Vital statistics of India. Vol. IV, Annual returns from 1871 to 1876. British Army of India, Native Army and jails of Bengal
Year: 1871
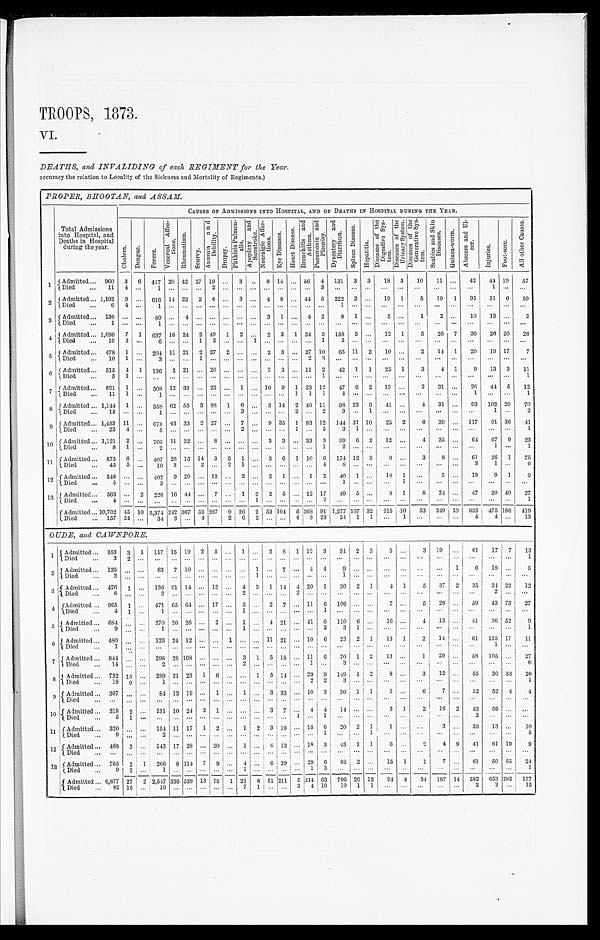
TROOPS, 1873.
VI.
DEATHS, and INVALIDING of each REGIMENT for the Year.
accuracy the relation to Locality of the Sickness and Mortality of Regiments.)
PROPER, BHOOTAN, and ASSAM.
Total Admissions
into Hospital, and
Deaths in Hospital
during the year.
CAUSES OF ADMISSIONS INTO HOSPITAL, AND OF DEATHS IN HOSPITAL DURING THE YEAR.
C h o l e r a .
D e n g u e .
F e v e r s .
V e n e r e a l A f f e c - t i o n s .
R h e u m a t i s m .
S c u r v y .
A n æ m i a a n d D e b i l i t y .
D r o p s y .
P h t h i s i s P u l m o n - a l i s . A p o l e x y a n d S u n s t r o k e .
N e u r a l g i c A f f e c - t i o n s .
E y e D i s e a s e s .
H e a r t D i s e a s e .
B r o n c h i t i s a n d A s t h m a . P n e u m o n i a a n d P l e u r i s y . D y s e n t e r y a n d D i a r r h œ a .
S p l e e n D i s e a s e .
H e p a t i t i s .
D i s e a s e s o f t h e D i g e s t i v e S y s - t e m .
D i s e a s e o f t h e U r i n a r y S y s t e m . D i s e a s e o f t h e G e n e r a t i v e S y s - t e m .
S c a b i e s a n d S k i n D i s e a s e s .
G u i n e a - w o r m .
A b s c e s s a n d U l - c e r .
I n j u r i e s .
F o o t - s o r e .
A l l o t h e r C a u s e s .
1 Admitted . . . 960
3
6
417 20 42 27 19
. . . 3
. . .
8 14
. . . 56
4 131
3
3
1 8 3
10
11
. . .
42
44 19
57
Died . . .
11
4
. . .
1
. . .
. . .
. . .
2
. . .
. . .
. . .
. . .
. . .
. . .
. . .
3
. . .
. . .
. . .
. . .
. . .
. . .
. . .
. . .
. . .
1
. . .
. . .
2
Admitted . . . 1,192
9
. . .
6 1 6 14 23
2
4
. . . 3
. . . 4
8
. . . 44
5
222
2
. . .
19
1
5
19
1
95
31
6
59
Died . . .
6
4
. . .
1
. . .
. . .
. . . . . .
. . .
. . .
. . .
. . .
. . .
. . . . . .
. . .
1
. . .
. . .
. . .
. . .
. . .
. . .
. . .
. . .
. . .
. . .
. . .
3 Admitted . . . 136
. . .
. . .
8 0
. . . 4
. . . . . .
. . .
. . .
. . . 3
1
. . . 4
2
8
1
. . .
5
. . .
1
2
. . .
10
13
. . .
2
Died . . .
1
. . .
. . .
1
. . .
. . .
. . .
. . .
. . .
. . .
. . . . . .
. . .
. . .
. . .
. . .
. . .
. . . . . .
. . .
. . .
. . .
. . .
. . .
. . .
. . .
. . .
. . .
4
Admitted . . . 1,096
7
1
637 16 24
2 49
1
2 . . .
2
3
1 24
5
158
5
. . .
12
1
5
26
7
36
26 20
26
Died . . .
16
3
. . .
6
. . .
. . .
1
2
. . .
. . .
1
. . .
. . .
. . .
. . . 1
2
. . .
. . .
. . .
. . .
. . .
. . .
. . .
. . .
. . .
. . .
. . .
5 Admitted . . . 478
1
. . . 204 11 21
2 27
2
. . .
. . . 2
3
. . . 27 10
65 11
2
10
. . .
2
14
1
20
19 17
7
Died . . .
10
1
. . .
3
. . .
. . .
1
. . .
. . .
. . .
. . .
. . .
. . .
. . .
2
3
. . .
. . .
. . .
. . .
. . .
. . . . . .
. . .
. . .
. . .
. . .
. . .
6 Admitted . . . 315
4
1
136
2 21
. . . 20
. . .
. . .
. . . 2
2
. . . 11
2
42
1
1
25
1
3
4
1
9
13
3
11
Died . . .
3
1
. . .
. . .
. . .
. . .
. . .
. . .
. . .
. . .
. . .
. . .
. . .
. . .
. . . 1
. . .
. . .
. . .
. . .
. . .
. . .
. . .
. . .. . .
. . .
. . .
1
7 Admitted . . . 821
1
. . . 508 12 33
. . . 23
. . . 1
. . . 10
9
1 23 12
47
6
2
13
. . .
2
31
. . .
26
44 5
12
Died . . .
11
1
. . .
1
. . .
. . .
. . .
. . .
. . .
. . .
. . . . . .
. . .
1 1
1
4
. . .
. . .
. . .
. . .
. . .
. . .
. . .
1
. . .
. . .
1
8 Admitted . . . 1,144 1
. . . 358 62 55
3
8 8 1
6
. . . 3 14
2 40 11
98 23
9
41
. . .
4
31
. . . 93
102 29
70
D i e d . . . 15
. . .
. . .
1
. . .
. . .
. . .
. . .
. . .
3
. . .
. . .
. . .
2
. . .
2
3
. . .
1
. . .
. . .
. . .
. . .
. . . . . .
1
. . .
2
9
A d m i t t e d . . . 1,453 11
. . .
6 7 8
43 33
2 27
. . . 7
. . .
9 35
1 83 12
144 31 10
25
2
6
39
. . . 117
61 36
41
D i e d . . .
22
4
. . .
5
. . .
. . .
. . .
. . .
. . .
2
. . .
. . .
. . .
1
. . .
5
3
1
. . .
. . .
. . .
. . .
. . .
. . . . . .
. . .
. . .
1
10
Admitted . . . 1,121
2
. . .
7 0 5 11 32
. . .
8
. . .
. . .
. . . 3
3
. . . 33
3
99
6
2
12
. . .
4
35
. . .
64
67
9
23
Died . . .
8
1
. . .
2
. . .
. . .
. . .
. . .
. . .
. . .
. . .
. . .
. . .
. . .
. . . 1
2
. . .
. . .
. . .
. . .
. . .
. . .
. . .
. . .
1
. . .
1
1 1 Admitted . . . 875
6
. . .
407 26 15 14
3
5
1
. . . 3
6
1 10
6
174 12
3
9
. . .
3
8
. . .
61
26
1
75
Died . . .
45
5
. . .
10
3
. . . 2
. . . 2
1
. . .
. . .
. . .
. . .
. . .
4
8
. . .
. . .
. . .
. . .
. . .
. . .
. . .
3 1
. . .
6
12
A d m i t t e d . . . 548
. . .
. . . 402
9 20
. . . 12
. . . 2
. . . 2
1
. . . 1
2
40
1
. . .
1 8 1
. . .
5
. . .
13
9 1
9
Died . . .
5
. . .
. . .
3
. . .
. . .
. . .
. . .
. . .
. . .
. . .
. . .
. . .
. . .
. . .
. . .
1
. . .
. . .
. . . 1
. . .
. . .
. . .
. . .
. . .
. . .
. . .
1 3 Admitted . . . 563
. . . 2
226 16 44
. . . 7
. . . 1
2
2
5
. . . 12 17
49
5
. . .
8
1
8
24
. . .
47
20 40
27
Died . . .
4
. . .
. . .
. . .
. . .
. . .
. . .
. . .
. . .
. . . 1
. . .
. . .
. . .
. . .
2
. . .
. . .
. . .
. . .
. . .
. . .
. . .
. . .
. . .
. . .
. . .
1
Admitted . . . 10,702 45 10 5,374 242 367 52 287
9 26
2 53 104
6 368 91 1,277 107 32
215 10
53
249 10
633
475 186
419
Died . . . 157 24
. . .
34
3
. . . 4
. . . 2
6
2
. . .
. . . 4
3 23
24
1
1
. . .
1
. . .
. . .
. . .
4
4
. . .
13
OUDE, and CAWNPORE.
1
Admitted . . .353 3
1
1 1 7
15 19 2
5 . . . 1
. . .
2 8
1 12
3
3 4
2
3 5
. . . 3
19
. . .
6 1
17
7
1 3
Died . . .
3
2
. . .
. . .. . . . . . . . .
. . .. . . . . .
. . .
. . .. . .
. . .. . .
. . .
. . .. . .
. . .. . . . . . . . .
. . .
. . .
. . .. . .
. . .
1
2
Admitted . . .135 . . .
. . .
6 3
7 10 . . .
. . .. . . . . .
1
. . .7
. . .4
4
9 . . .
. . .. . . . . . . . .
. . .
1
6 18
. . .
5
Died . . .
2
. . .
. . .
. . .. . . . . . . . .
. . .. . . . . .
1
. . .. . .
. . .. . .
. . .
1 . . .
. . .. . . . . . . . .
. . .
. . .
. . .. . .
. . .
. . .
3 Admitted . . .476 1
. . .
1 3 6
91 14 . . .
1 2
. . . 4
3
1 14
4 20
1
3 0
2
1 4
1 5
37
2
3 5
24
22
1 2
Died . . .
8
. . .
. . .
2 . . . . . . . . .
. . .. . . 2
. . .
. . .. . .
2 . . .
. . .
. . .. . .
. . .. . . . . . . . .
. . .
. . .
. . .2
. . .
. . .
4
Admitted . . .995 1
. . .
4 7 1
65 64 . . .
1 7
. . . 5
. . .
2 7
. . .11
6
1 0 6
. . .
. . .7
. . . 5
26
. . .
5 9
43
73
2 7
Died . . .
4
1
. . .
1 . . . . . . . . .
. . .. . . 1
. . .
. . .. . .
. . .. . .
1
. . .. . .
. . .. . . . . . . . .
. . .
. . .
. . .. . .
. . .
. . .
5
Admitted . . .684 . . .
. . .
2 7 0
26 26 . . .
2 . . . 1
. . .
4 21
. . .41
6
1 1 0
6
. . .16
. . . 4
13
. . .
4 1
36
52
9
Died . . .
9
. . .
. . .
1 . . . . . . . . .
. . .. . . 1
. . .
. . . . . .
. . .. . .
2
3 1
. . . . . . . . . . . .
. . .
. . .
. . .. . .
. . .
1
6
Admitted . . .480 . . .
. . .
1 2 5
24 12 . . .
. . .1 . . .
. . .
1 1
21
. . .10
6
2 3
2
1 13
1 2
14
. . .
6 1
125 17
1 1
Died . . .
1
. . .
. . .
. . .. . . . . . . . .
. . .. . . . . .
. . .
. . .. . .
. . .. . .
. . .
. . .. . .
. . .. . . . . . . . .
. . .
. . .
. . .1
. . .
. . .
7
Admitted . . .844 . . .
. . .
2 9 8
28 168 . . .
. . .. . . 3
1
5 18
. . .11
6
7 0
1
2 13
. . . 1
29
. . .
5 8
105 . . .
2 7
Died . . .
14
. . .
. . .
2 . . . . . . . . .
. . .. . . 2
. . .
. . .. . .
. . .1
. . .
3 . . .
. . .. . . . . . . . .
. . .
. . .
. . .. . .
. . .
6
8
Admitted . . .732 15
. . .
2 8 9
21 23 1
6 . . . . . .
1
5 14
. . .29
9
1 4 9
1
2 8
. . . 3
12
. . .
5 5
30
33
2 6
Died . . .
18
9
. . .
1 . . . . . . . . .
. . .. . . . . .
. . .
. . .. . .
. . .2
2
3 . . .
. . .. . . . . . . . .
. . .
. . .
. . .. . .
. . .
1
9
Admitted . . .307 . . .
. . .
8 4
13 19 . . .
1 . . . 1
. . .
3 33
. . .10
3
3 0
1
1 3
. . . 6
7
. . .
3 2
52
4
4
Died . . .
. . . . . .
. . .
. . .. . . . . . . . .
. . .. . . . . .
. . .
. . .. . .
. . .. . .
. . .
. . .. . .
. . .. . . . . . . . .
. . .
. . .
. . .. . .
. . .
. . .
1 0
Admitted . . .318 2
. . .
1 3 1
10 24 2
1 . . . . . .
. . .
3 7
. . .4
4
1 4
. . .
. . .3
1 2
16
2
3 3
59
. . .
. . .
Di ed . . .
5
1
. . .
. . .. . . . . . . . .
. . .. . . . . .
. . .
. . .. . .
1 . . .
1
. . . . . .
. . .. . . . . . . . .
. . .
. . .
2 . . .
. . .
. . .
1 1
Admitted . . .320 . . .
. . .
1 5 4
11 17 1
2 . . . 1
2
3 19
. . .15
6
2 0
2
1 1
. . . . . .
3
. . .
3 9
13
. . .
1 0
Died . . .
9
. . .
. . .
2 . . . . . . . . .
. . .. . . . . .
. . .
. . .. . .
. . .. . .
1
. . .. . .
1 . . . . . . . . .
. . .
. . .
. . .. . .
. . .
5
1 2
Admitted . . .468 3
. . .
1 4 3
17 28 . . .
2 0
. . . 1
. . .
6 13
. . .18
3
4 3
1
1 6
. . . 2
4
9
4 1
81
19
9
Died . . .
. . . . . .
. . .
. . .. . . . . . . . .
. . .. . . . . .
. . .
. . .. . .
. . .. . .
. . .
. . .. . .
. . .
. . . . . . . . .
. . .
. . .
. . .. . .
. . .
. . .
1 3
Admitted . . .765 2
1
2 6 6
8 114 7
9 . . . 4
. . .
6 29
. . .29
6
6 8
2
. . .15
1 1
7
. . .
6 1
50
55
2 4
Died . . .
9
2
. . .
1 . . . . . . . . .
. . .. . . 1
. . .
. . .. . .
. . .
1
3
. . .. . .
. . .. . . . . . . . .
. . .
. . .
. . .. . .
. . .
1
Admitted . . .6,87727
2
2 , 5 4 7
336538 13
7 5
1 21
8
5 1
211
5 214
6 3
7 0 6
20
1 2
94
4 34
187 14
5 8 2
653 282
1 7 7
Died . . .
82
15
. . .
1 0
. . . . . . . . .
. . .. . . 7
1
. . .. . .
3 4
1 0
1 0
1
1 . . . . . . . . .
. . .
. . .
2 3
. . .
1 5